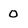
Character: 0